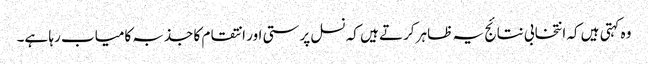
وہ کہتی ہیں کہ انتخابی نتائج یہ ظاہر کرتے ہیں کہ نسل پرستی اور انتقام کا جذبہ کامیاب رہا ہے۔